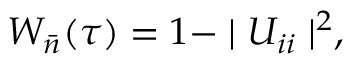
W _ { \bar { n } } ( \tau ) = 1 - \mid U _ { i i } \mid ^ { 2 } ,